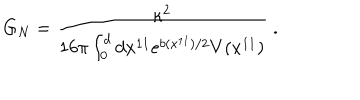
G _ { N } = \frac { \kappa ^ { 2 } } { 1 6 \pi \int _ { 0 } ^ { d } d x ^ { 1 1 } e ^ { b ( x ^ { 1 1 } ) / 2 } V ( x ^ { 1 1 } ) } \; .